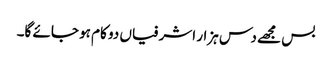
بس مجھے دس ہزار اشرفیاں دو کام ہو جائے گا۔